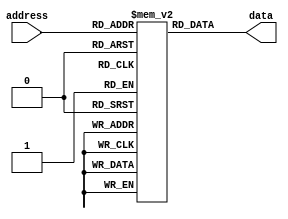
module fuse_rom (
    input [7:0] address,
    output reg [7:0] data
);

reg [7:0] memory [0:255]; // 256 memory locations

initial begin
    // pre-programmed data values
    memory[0] = 8'hFF;
    memory[1] = 8'hAA;
    // add more pre-programmed data values as needed
end

always @(*) begin
    data = memory[address];
end

endmodule